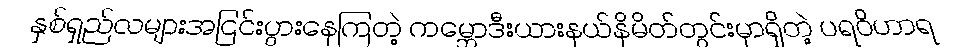
နှစ်ရှည်လများအငြင်းပွားနေကြတဲ့ ကမ္ဘောဒီးယားနယ်နိမိတ်တွင်းမှာရှိတဲ့ ပရဝိဟာရ